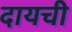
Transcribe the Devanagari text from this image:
दायची